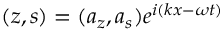
( z , s ) = ( a _ { z } , a _ { s } ) e ^ { i ( k x - \omega t ) }